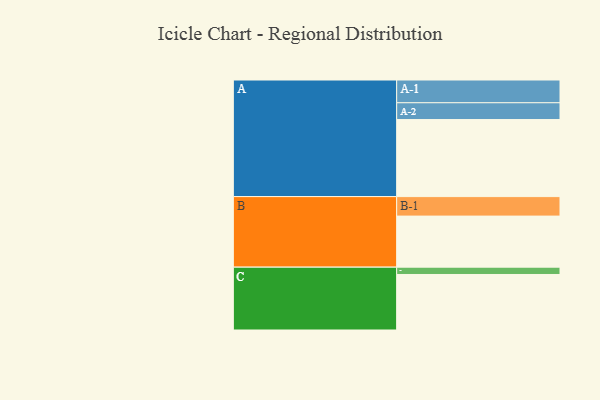
{"axis": {"x": "Segment", "y": "Value"}, "legend": ["", "A", "B", "C"], "data": [{"x": "A", "y": 569, "type": ""}, {"x": "B", "y": 377, "type": ""}, {"x": "C", "y": 410, "type": ""}, {"x": "A-1", "y": 168, "type": "A"}, {"x": "A-2", "y": 124, "type": "A"}, {"x": "B-1", "y": 144, "type": "B"}, {"x": "C-1", "y": 54, "type": "C"}]}